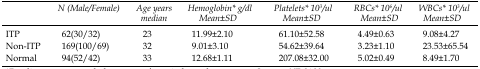
|  | N (Male/ Female) | Age years median | Hemoglobin* g/dl Mean±SD | Platelets* 103/ul Mean±SD | RBCs* 106/ul Mean±SD | WBCs* 103/ul Mean±SD |
 | --- | --- | --- | --- | --- | --- | --- |
 | ITP | 62 (30/32) | 23 | 11.99±2.10 | 61.10±52.58 | 4.49±0.63 | 9.08±4.27 |
 | Non-ITP | 169 (100/69) | 32 | 9.01±3.10 | 54.62±39.64 | 3.23±1.10 | 23.53±65.54 |
 | Normal | 94 (52/42) | 33 | 12.68±1.11 | 207.08±32.00 | 5.02±0.49 | 8.49±1.70 |